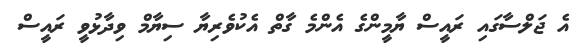
އެ ޖަލްސާގައި ރައީސް ޔާމީންގެ އެންމެ ގާތް އެކުވެރިޔާ ސިޔާމް ވިދާޅުވީ ރައީސް